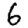
Digit: 6